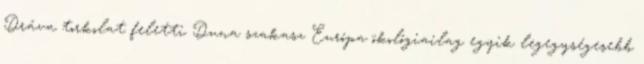
Dráva torkolat feletti Duna szakasz Európa ökológiailag egyik legegységesebb